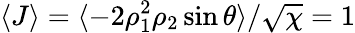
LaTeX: \langle J\rangle=\langle-2\rho_{1}^{2}\rho_{2}\sin\theta\rangle/\sqrt{\chi}=1